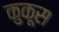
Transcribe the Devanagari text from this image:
कुकूस